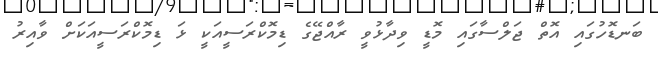
ބަނޑޮހުގައި އޮތް ޖަލްސާގައި މޮޑީ ވިދާޅުވީ ރާއްޖޭގެ ޑިމޮކްރަސީއަކީ ޅަ ޑިމޮކްރަސީއަކަށް ވާއިރު